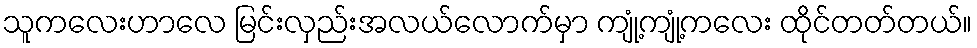
သူကလေးဟာလေ မြင်းလှည်းအလယ်လောက်မှာ ကျုံ့ကျုံ့ကလေး ထိုင်တတ်တယ်။